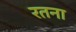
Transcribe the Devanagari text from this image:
रतना